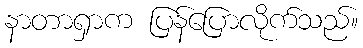
နာတာရှာက ပြန်ပြောလိုက်သည်။